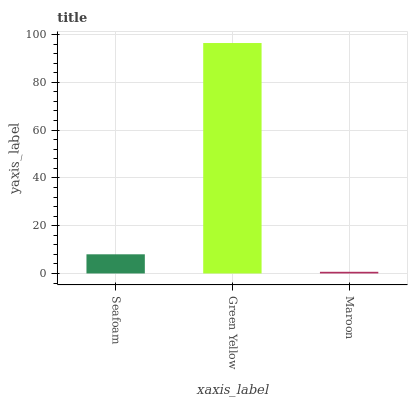
| xaxis_label | bars |
 | --- | --- |
 | Seafoam | 8.02 |
 | Green Yellow | 96.5 |
 | Maroon | 0.701 |